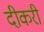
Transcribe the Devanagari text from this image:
दीकरी